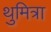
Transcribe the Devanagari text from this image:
थुमित्रा